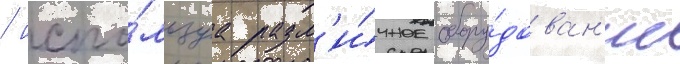
/ испо́льзуа разл'и́чное обору́дован'ие